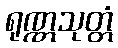
ရုဏ္ဏသုတ္တံ